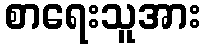
စာရေးသူအား